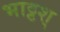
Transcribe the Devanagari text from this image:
भाट्टश्